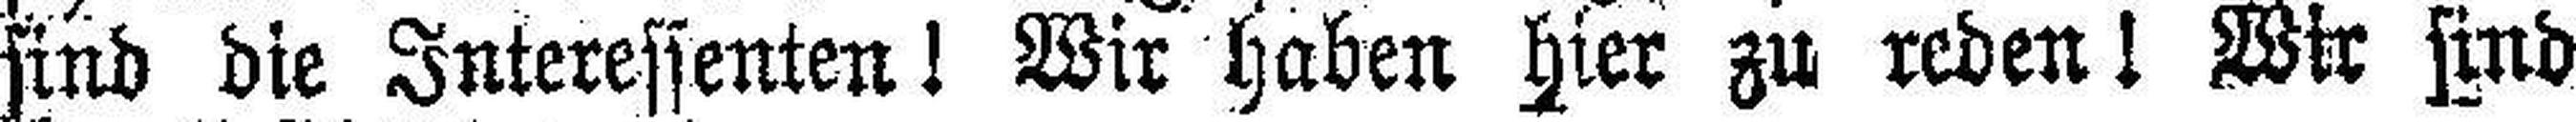
sind die Interessenten! Wir haben hier zu reden! Wir sind